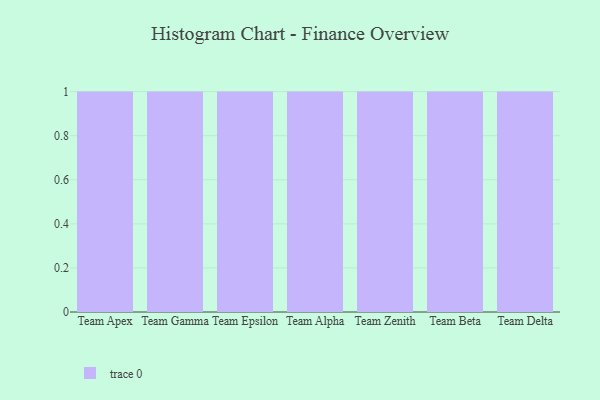
{"axis": {"x": "Team", "y": "Waste Production (Tons)"}, "legend": [""], "data": [{"x": "Team Apex", "y": 66, "type": ""}, {"x": "Team Gamma", "y": 39, "type": ""}, {"x": "Team Epsilon", "y": 26, "type": ""}, {"x": "Team Alpha", "y": 77, "type": ""}, {"x": "Team Zenith", "y": 34, "type": ""}, {"x": "Team Beta", "y": 9, "type": ""}, {"x": "Team Delta", "y": 89, "type": ""}]}